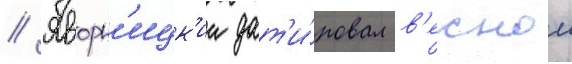
// Яворн'ицк'ии дат'и́ровал в'еснои